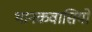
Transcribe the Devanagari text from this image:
थानकवासियों